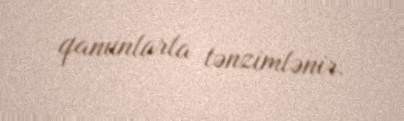
qanunlarla tənzimlənir.